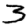
Digit: 3